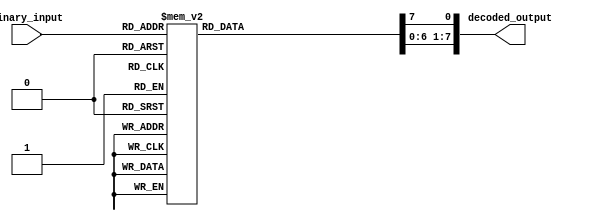
module binary_decoder #(
    parameter N = 3 // Number of input bits
)(
    input wire [N-1:0] binary_input, // n-bit binary number as input
    output reg [2**N-1:0] decoded_output // 2^n output lines
);

integer i;

always @(binary_input) begin
    // Initialize all output lines to 0
    for(i = 0; i < 2**N; i = i + 1) begin
        decoded_output[i] = 1'b0;
    end
    
    // Enable the output line corresponding to the input value
    decoded_output[binary_input] = 1'b1;
end

endmodule